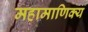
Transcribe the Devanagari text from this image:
महामाणिक्य